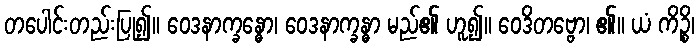
တပေါင်းတည်းပြု၍။ ဝေဒနာက္ခန္ဓော၊ ဝေဒနာက္ခန္ဓာ မည်၏ ဟူ၍။ ဝေဒိတဗ္ဗော၊ ၏။ ယံ ကိဉ္စိ၊